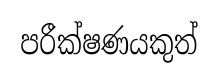
පරීක්ෂණයකුත්